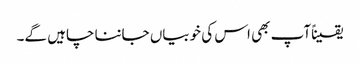
یقیناًآپ بھی اس کی خوبیاں جاننا چاہیں گے۔